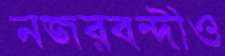
নজরবন্দীও